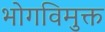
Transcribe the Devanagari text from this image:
भोगविमुक्त